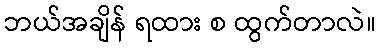
ဘယ်အချိန် ရထား စ ထွက်တာလဲ။